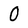
Character: O